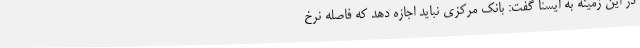
در این زمینه به ایسنا گفت: بانک مرکزی نباید اجازه دهد که فاصله نرخ